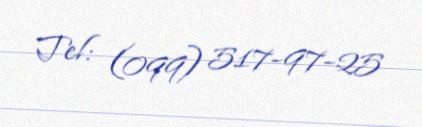
Tel: (099) 517-97-25